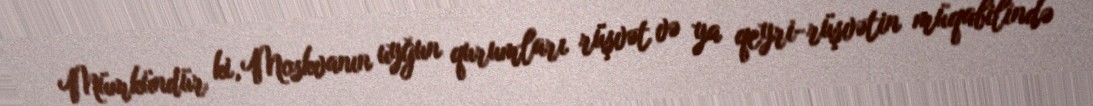
Mümkündür ki, Moskvanın uyğun qurumları rüşvət və ya qeyri-rüşvətin müqabilində